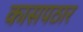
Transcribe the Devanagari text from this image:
कासपठार